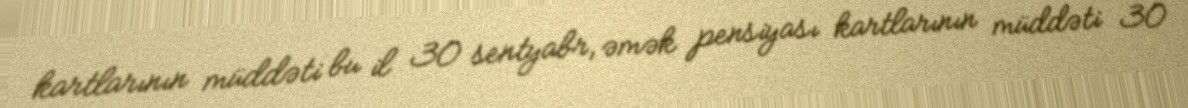
kartlarının müddəti bu il 30 sentyabr, əmək pensiyası kartlarının müddəti 30